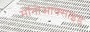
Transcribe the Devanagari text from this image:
मॉनोआक्साइड